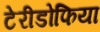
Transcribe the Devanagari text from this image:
टेरीडोफिया